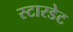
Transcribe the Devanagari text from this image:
स्टारडेट